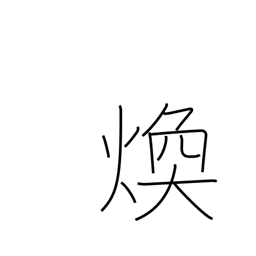
Meaning: shine